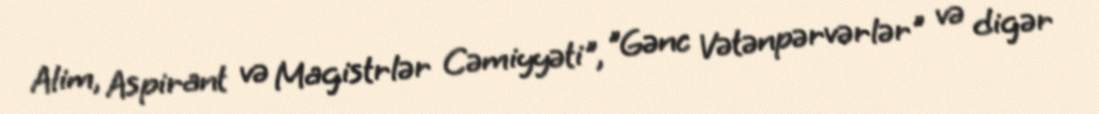
Alim, Aspirant və Magistrlər Cəmiyyəti", "Gənc Vətənpərvərlər" və digər